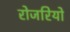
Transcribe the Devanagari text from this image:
रोजरियो